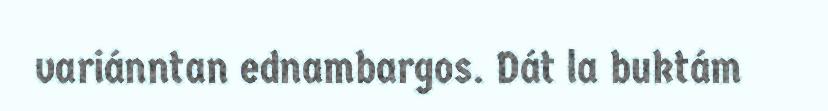
variánntan ednambargos. Dát la buktám